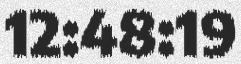
12:48:19